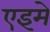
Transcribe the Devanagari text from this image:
एइमे